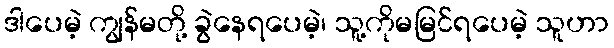
ဒါပေမဲ့ ကျွန်မတို့ ခွဲနေရပေမဲ့၊ သူ့ကိုမမြင်ရပေမဲ့ သူဟာ